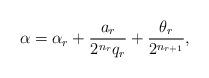
LaTeX: \begin{align*}\alpha=\alpha_r+\frac{a_r}{2^{n_r} q_r}+ \frac{\theta_r}{2^{n_{r+1}}},\end{align*}